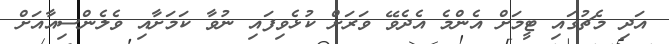
އަދި މެޗުގައި ޓީމަށް އެންމެ އެދެވޭ ވަރަށް ކުޅެވިފައި ނުވާ ކަމަށާއި ވެލެންސިއާއަށް